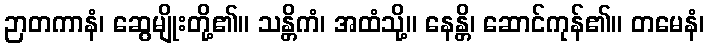
ဉာတကာနံ၊ ဆွေမျိုးတို့၏။ သန္တိကံ၊ အထံသို့။ နေန္တိ၊ ဆောင်ကုန်၏။ တမေနံ၊